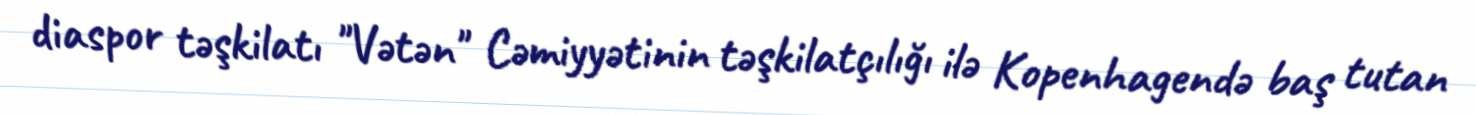
diaspor təşkilatı "Vətən" Cəmiyyətinin təşkilatçılığı ilə Kopenhagendə baş tutan